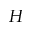
H